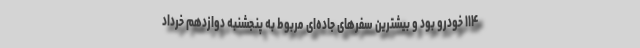
۱۱۴ خودرو بود و بیشترین سفر‌های جاده‌ای مربوط به پنجشنبه دوازدهم خرداد